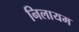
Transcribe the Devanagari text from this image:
निलायम